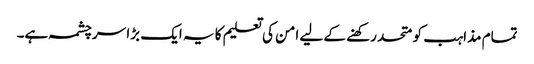
تمام مذاہب کو متحد رکھنے کے لیے امن کی تعلیم کا یہ ایک بڑا سرچشمہ ہے۔